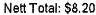
NETT TOTAL: $8.20